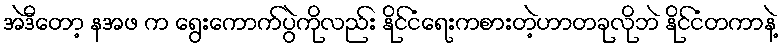
အဲဒီတော့ နအဖ က ရွေးကောက်ပွဲကိုလည်း နိုင်ငံရေးကစားတဲ့ဟာတခုလိုဘဲ နိုင်ငံတကာနဲ့